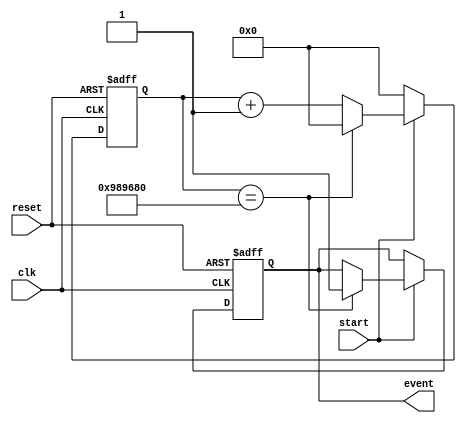
module event_timer(
    input wire clk,
    input wire reset,
    input wire start,
    output reg event
);

reg [31:0] counter;

always @ (posedge clk or posedge reset) begin
    if (reset) begin
        counter <= 0;
        event <= 0;
    end else begin
        if (start) begin
            counter <= counter + 1;
            if (counter == 10000000) begin //trigger event every 10 million cycles
                counter <= 0;
                event <= 1; //trigger event
            end
        end else begin
            counter <= 0;
        end
    end
end

endmodule